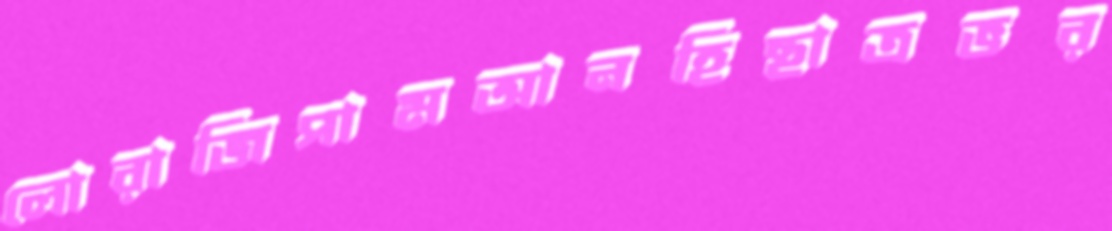
লোরাজিপামআনহিছাত্রভর